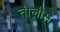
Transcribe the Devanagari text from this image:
तौलौसे